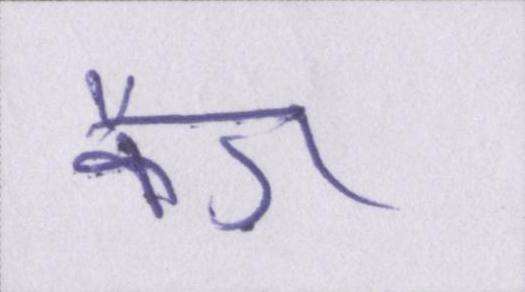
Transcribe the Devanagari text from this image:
कैग